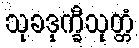
သုခဒုက္ခီသုတ္တံ